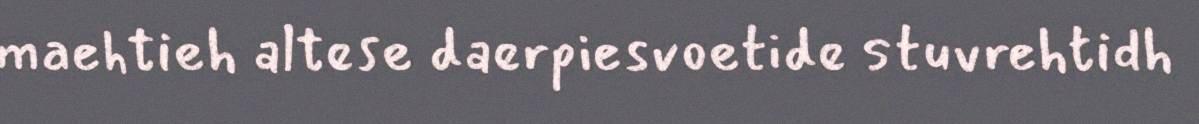
maehtieh altese daerpiesvoetide stuvrehtidh